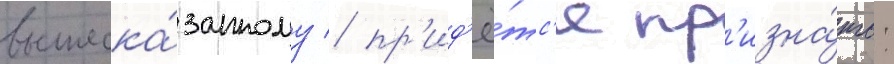
вышеска́занному / пр'ид'ё́тс'я пр'изна́ть: